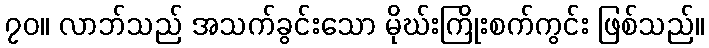
၇၀။ လာဘ်သည် အသက်ခွင်းသော မိုဃ်းကြိုးစက်ကွင်း ဖြစ်သည်။